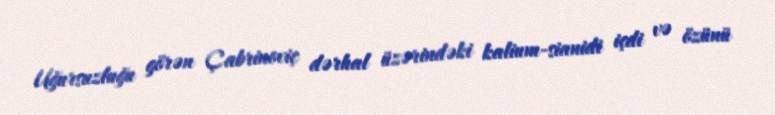
Uğursuzluğu görən Çabrinoviç dərhal üzərindəki kalium-sianidi içdi və özünü